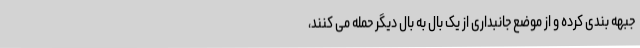
جبهه بندی کرده و از موضع جانبداری از یک بال به بال دیگر حمله می کنند،